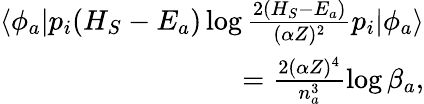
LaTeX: \begin{array}{r}{\langle\phi_{a}|p_{i}(H_{S}-E_{a})\log\frac{2(H_{S}-E_{a})}{(\alpha Z)^{2}}p_{i}|\phi_{a}\rangle}\\ {=\frac{2(\alpha Z)^{4}}{n_{a}^{3}}\log\beta_{a},}\end{array}